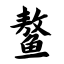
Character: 鳌